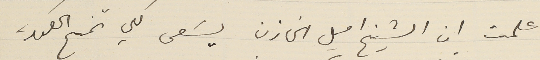
علمت ان الشيخ اميل الخازن يسَعى لكي تمنح الحكومة